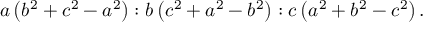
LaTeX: a \left( b ^ { 2 } + c ^ { 2 } - a ^ { 2 } \right) : b \left( c ^ { 2 } + a ^ { 2 } - b ^ { 2 } \right) : c \left( a ^ { 2 } + b ^ { 2 } - c ^ { 2 } \right) .